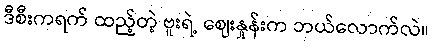
ဒီစီးကရက် ထည့်တဲ့ ဗူးရဲ့ ဈေးနှုန်းက ဘယ်လောက်လဲ။